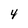
Character: 4